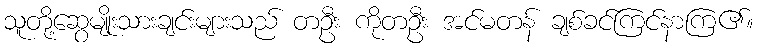
သူတို့ဆွေမျိုးသားချင်းများသည် တဦး ကိုတဦး အင်မတန် ချစ်ခင်ကြင်နာကြ၏။